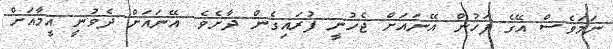
ނަމަވެސް އޭގެ ފަހުން އޭނައަށް ޖެހުނީ ފުރައިގެން ދާށެވެ. އޭނައަށް ދެވުނީ އީމާއަށް